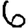
Digit: 6